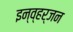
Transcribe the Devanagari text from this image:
इन्व्हर्जन